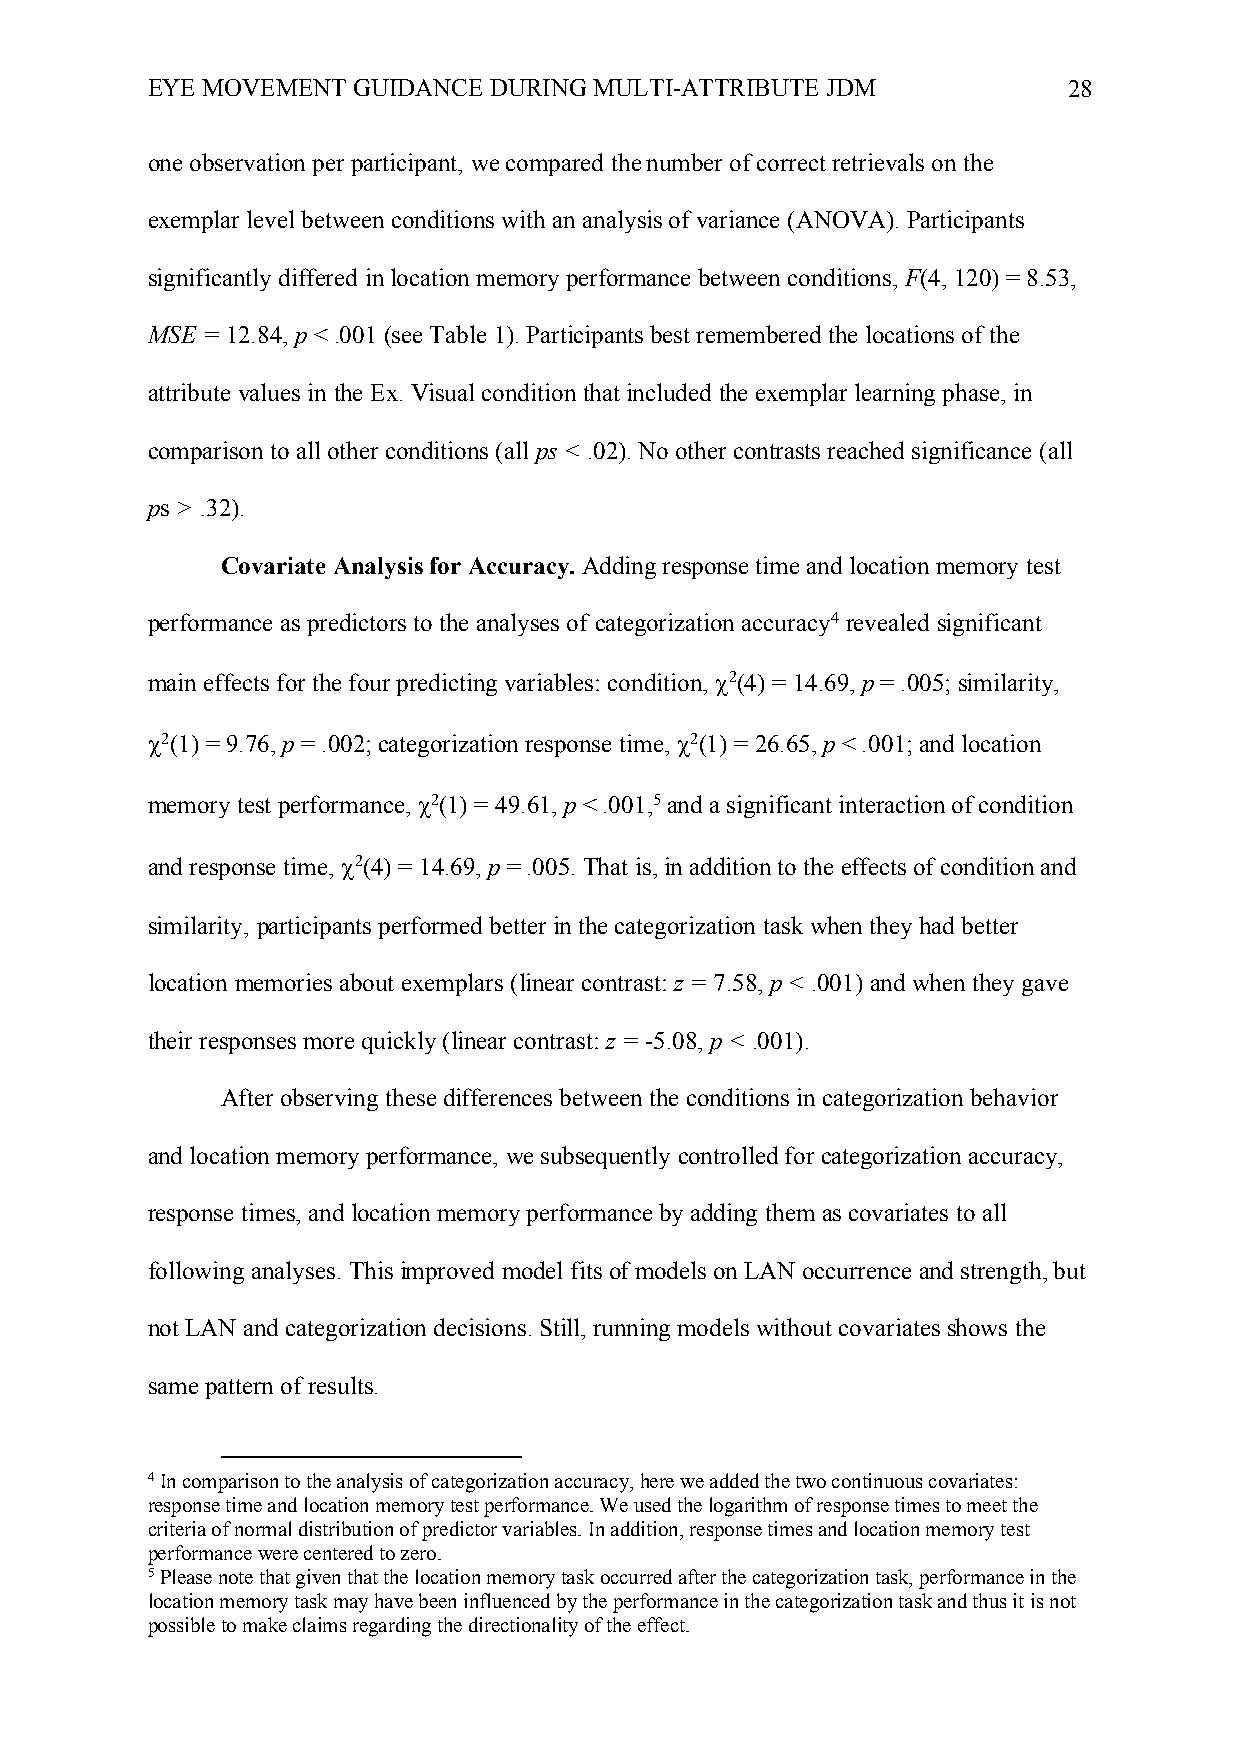
EYE MOVEMENT GUIDANCE DURING MULTI-ATTRIBUTE JDM             28
 one observation per participant, we compared the number of correct retrievals on the
 exemplar level between conditions with an analysis of variance (ANOVA). Participants
 significantly differed in location memory performance between conditions, F(4, 120) = 8.53,
 MSE = 12.84, p < .001 (see Table 1). Participants best remembered the locations of the
 attribute values in the Ex. Visual condition that included the exemplar learning phase, in
 comparison to all other conditions (all ps < .02). No other contrasts reached significance (all
 ps > .32).
 Covariate Analysis for Accuracy. Adding response time and location memory test
 performance as predictors to the analyses of categorization accuracy4 revealed significant
 main effects for the four predicting variables: condition, c2(4) = 14.69, p = .005; similarity,
 c2(1) = 9.76, p = .002; categorization response time, c2(1) = 26.65, p < .001; and location
 memory test performance, c2(1) = 49.61, p < .001,5 and a significant interaction of condition
 and response time, c2(4) = 14.69, p = .005. That is, in addition to the effects of condition and
 similarity, participants performed better in the categorization task when they had better
 location memories about exemplars (linear contrast: z = 7.58, p < .001) and when they gave
 their responses more quickly (linear contrast: z = -5.08, p < .001).
 After observing these differences between the conditions in categorization behavior
 and location memory performance, we subsequently controlled for categorization accuracy,
 response times, and location memory performance by adding them as covariates to all
 following analyses. This improved model fits of models on LAN occurrence and strength, but
 not LAN and categorization decisions. Still, running models without covariates shows the
 same pattern of results.
 4 In comparison to the analysis of categorization accuracy, here we added the two continuous covariates:
 response time and location memory test performance. We used the logarithm of response times to meet the
 criteria of normal distribution of predictor variables. In addition, response times and location memory test
 performance were centered to zero.
 5 Please note that given that the location memory task occurred after the categorization task, performance in the
 location memory task may have been influenced by the performance in the categorization task and thus it is not
 possible to make claims regarding the directionality of the effect.